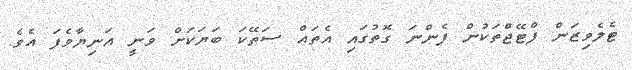
ޓެލެވިޒަން ފްޓޭޖްތަކުން ފެންނަ ގޮތުގައި އެތައް ސަތޭކަ ބަޔަކަށް ވަނީ އަނިޔާވެފަ އެވެ.